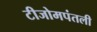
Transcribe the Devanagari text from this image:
टीजोमपंतली